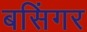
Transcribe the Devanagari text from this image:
बसिंगर